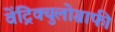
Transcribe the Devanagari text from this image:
वेंट्रिक्युलोग्राफी